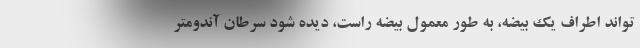
تواند اطراف یک بیضه، به طور معمول بیضه راست، دیده شود سرطان آندومتر